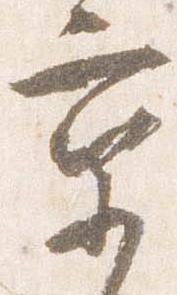
京